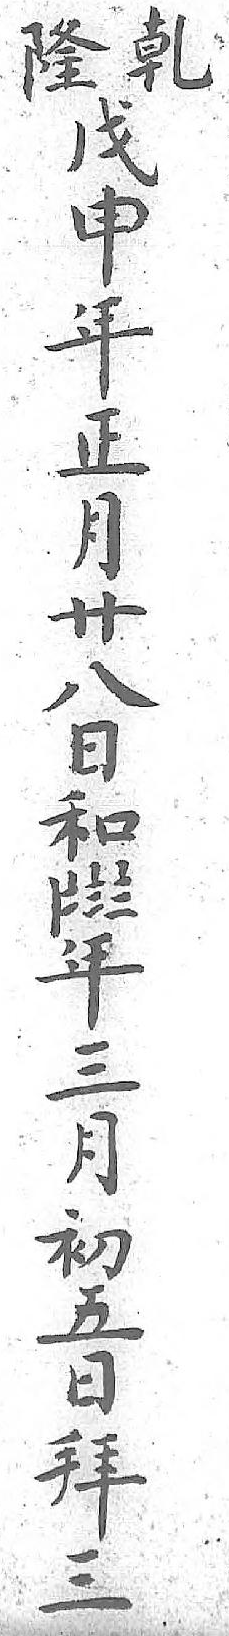
乹戊〡年隆申〧三 年〨月 正〨初 月 五 卄 日 八 拜 日 三 和